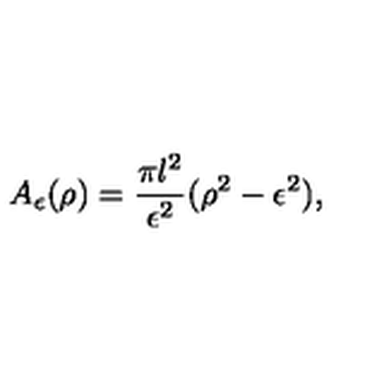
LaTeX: A _ { \epsilon } ( \rho ) = { \frac { \pi l ^ { 2 } } { \epsilon ^ { 2 } } } ( \rho ^ { 2 } - \epsilon ^ { 2 } ) ,